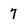
Character: 7